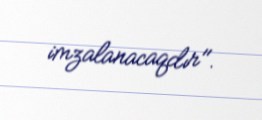
imzalanacaqdır".